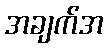
အချက်အ